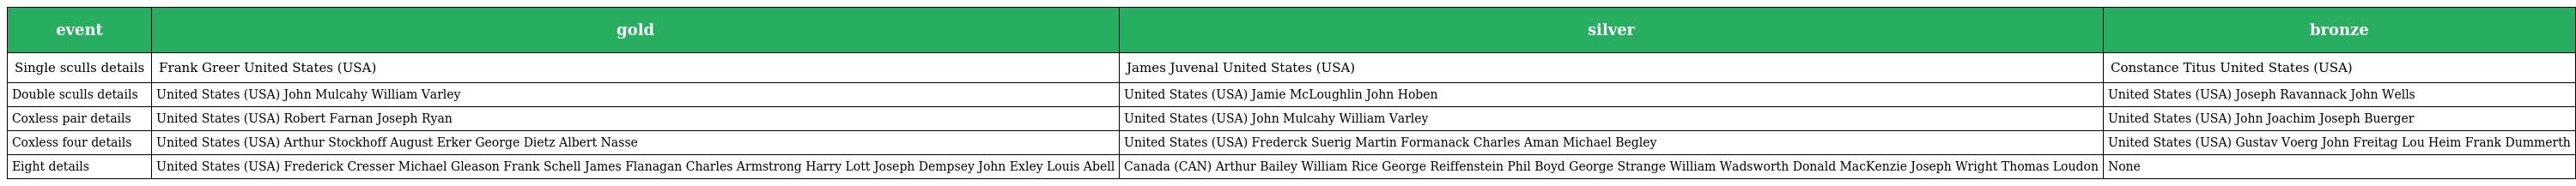
| event | gold | silver | bronze |
 | --- | --- | --- | --- |
 | Single sculls details | Frank Greer United States (USA) | James Juvenal United States (USA) | Constance Titus United States (USA) |
 | Double sculls details | United States (USA) John Mulcahy William Varley | United States (USA) Jamie McLoughlin John Hoben | United States (USA) Joseph Ravannack John Wells |
 | Coxless pair details | United States (USA) Robert Farnan Joseph Ryan | United States (USA) John Mulcahy William Varley | United States (USA) John Joachim Joseph Buerger |
 | Coxless four details | United States (USA) Arthur Stockhoff August Erker George Dietz Albert Nasse | United States (USA) Frederck Suerig Martin Formanack Charles Aman Michael Begley | United States (USA) Gustav Voerg John Freitag Lou Heim Frank Dummerth |
 | Eight details | United States (USA) Frederick Cresser Michael Gleason Frank Schell James Flanagan Charles Armstrong Harry Lott Joseph Dempsey John Exley Louis Abell | Canada (CAN) Arthur Bailey William Rice George Reiffenstein Phil Boyd George Strange William Wadsworth Donald MacKenzie Joseph Wright Thomas Loudon | None |